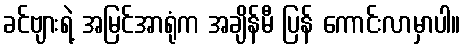
ခင်ဗျားရဲ့ အမြင်အာရုံက အချိန်မီ ပြန် ကောင်းလာမှာပါ။